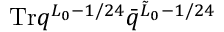
\mathrm { T r } q ^ { L _ { 0 } - 1 / 2 4 } \bar { q } ^ { \tilde { L } _ { 0 } - 1 / 2 4 }